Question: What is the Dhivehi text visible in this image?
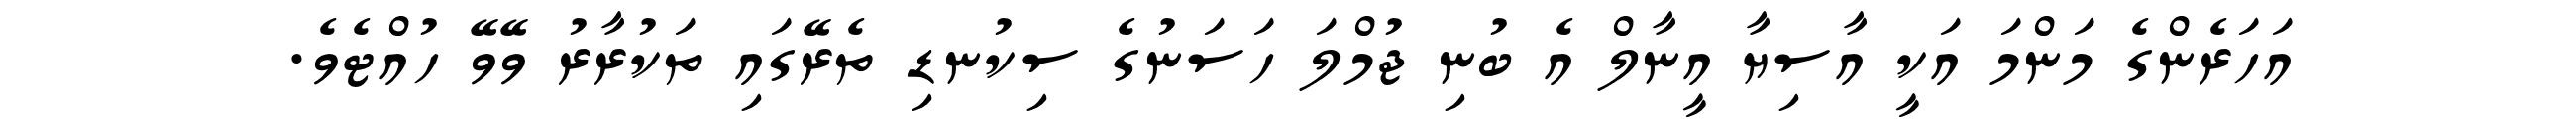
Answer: އަހަރެންގެ މަންމަ އަކީ އާސިޔާ އީނާލް އެ ބުނި ޖުމްލަ ހަސަނުގެ ސިކުނޑި ތެރޭގައި ތަކުރާރު ވޭވޭ ހުއްޓެވެ.